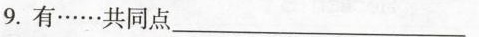
9.有……共同点___